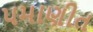
પમાણીત